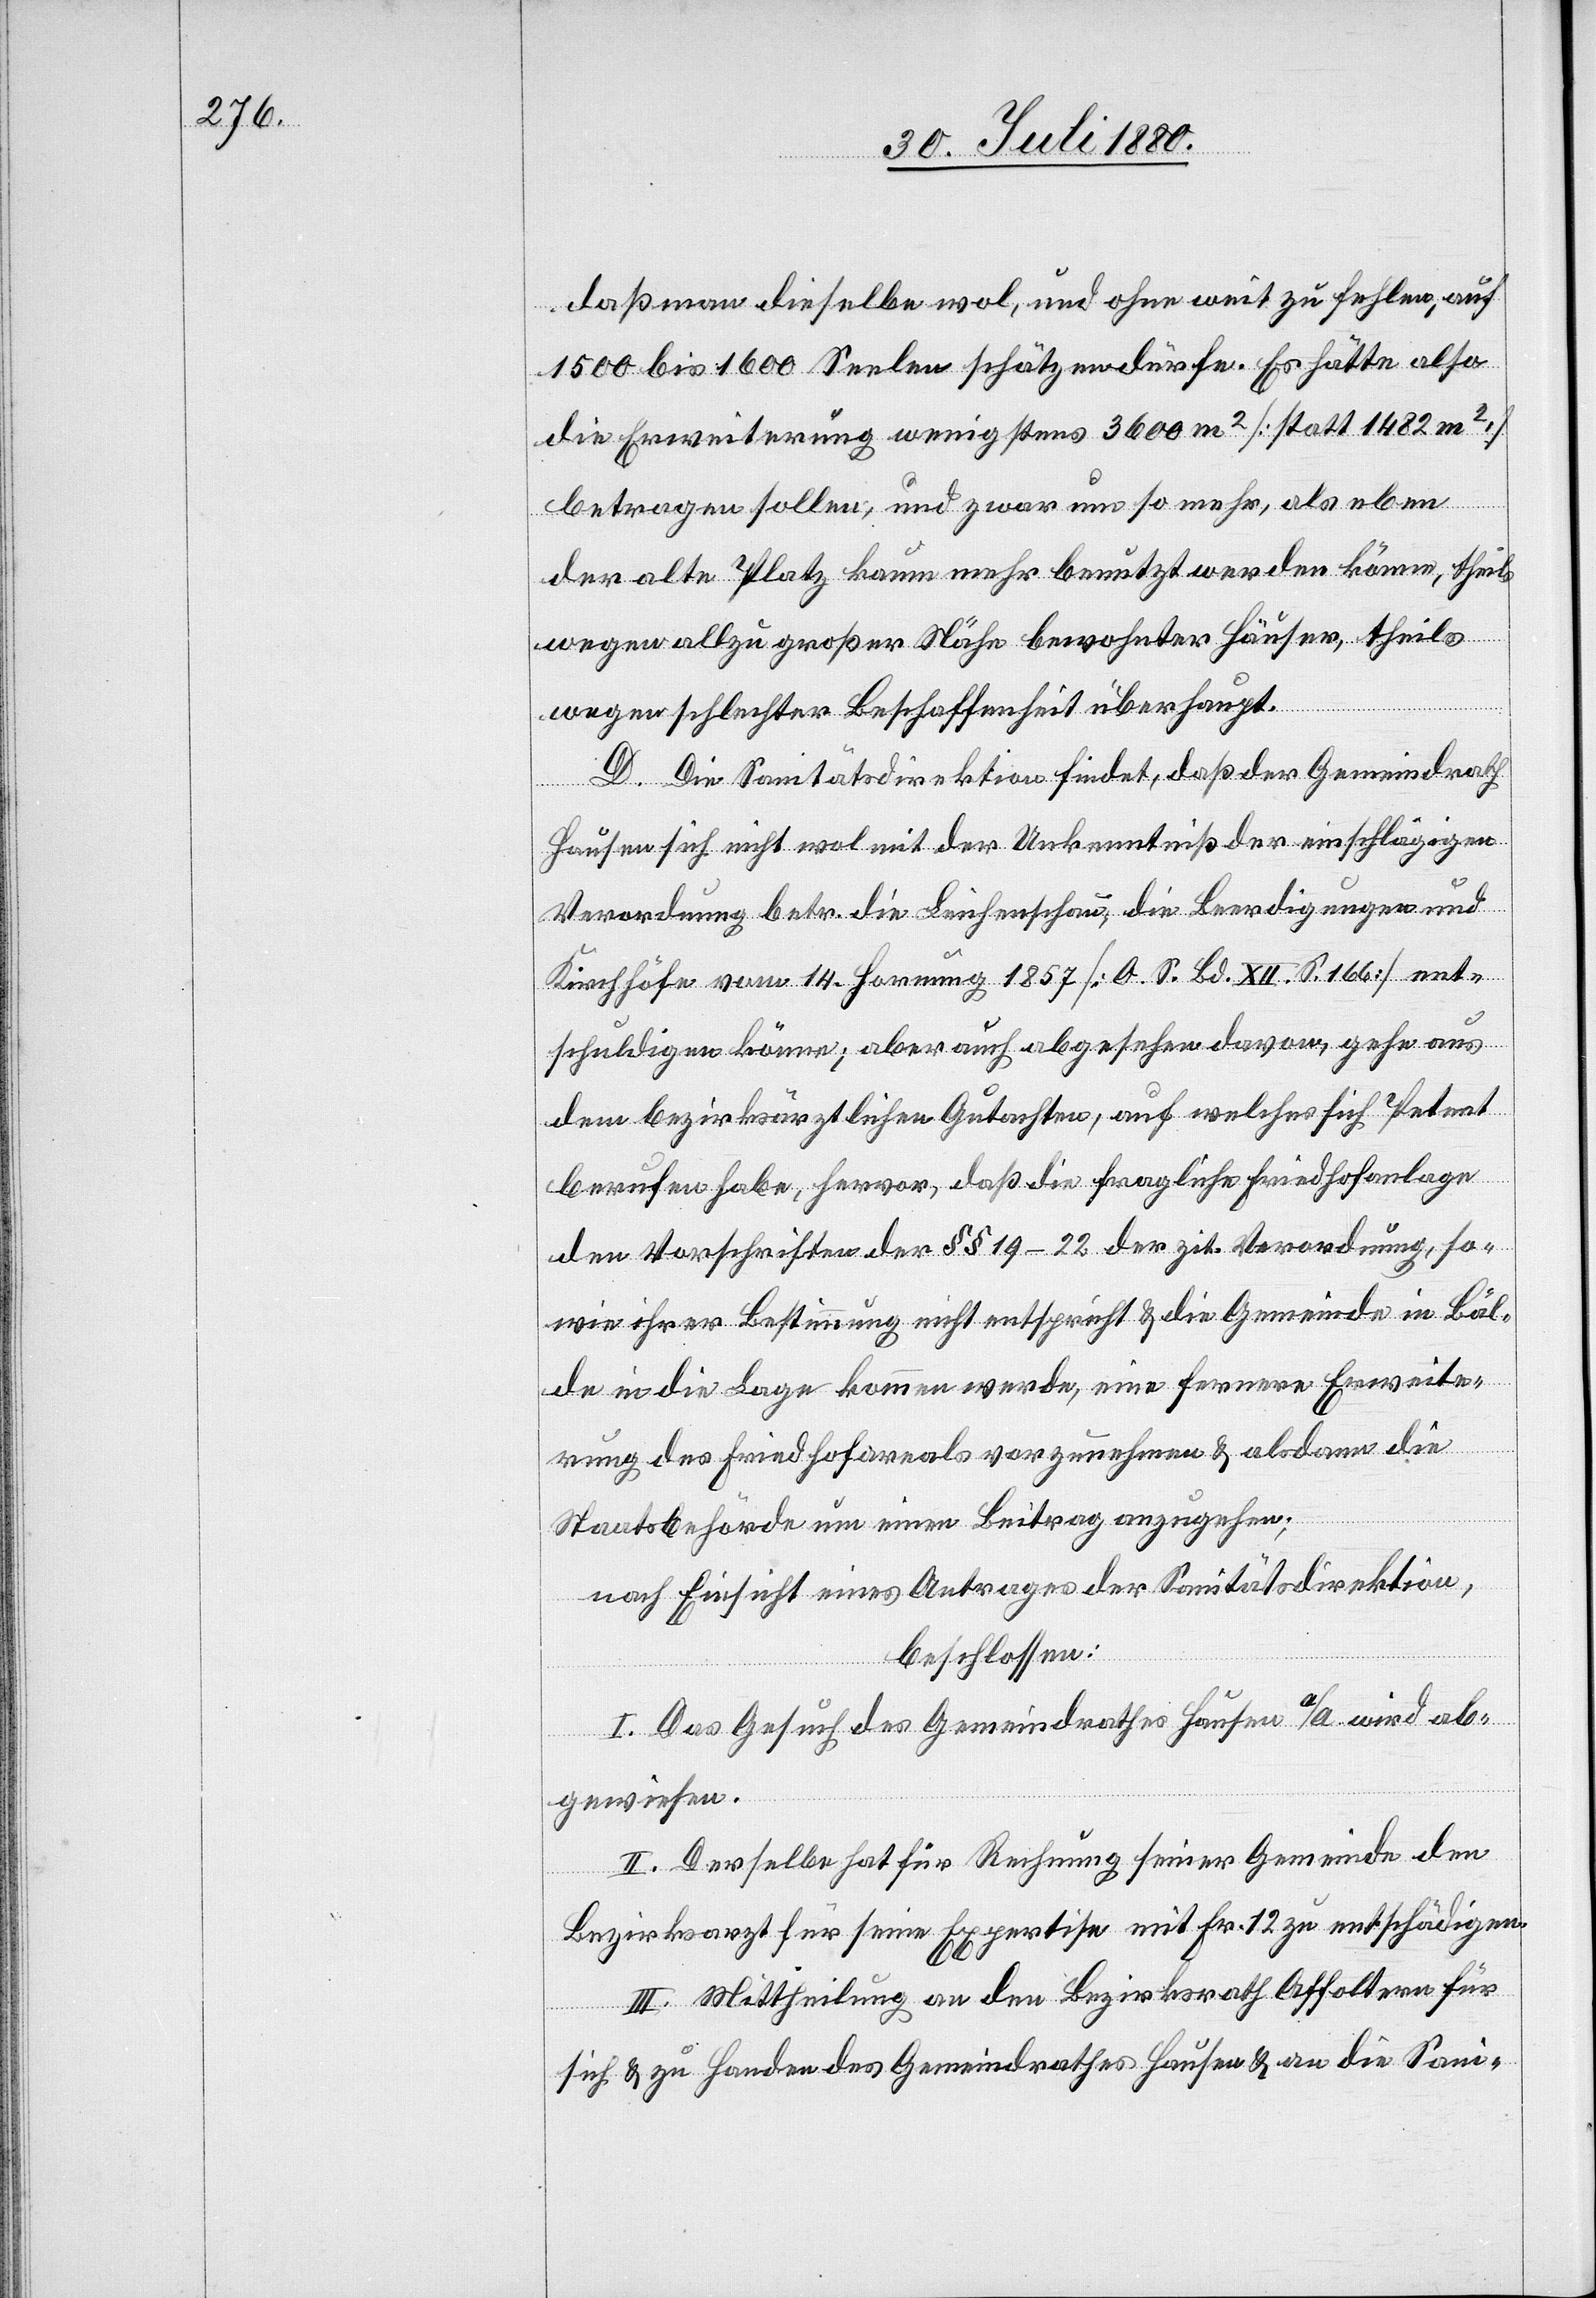
daß man dieselbe wol, und ohne weit zu fehlen, auf
1500 bis 1600 Seelen schätzen dürfe. Er hätte also
die Erweiterung wenigstens 3600 m2 [statt 1482 m2]
betragen sollen, und zwar um so mehr, als eben
der alte Platz kaum mehr benutzt werden könne, theils
wegen allzu großer Nähe bewohnter Häuser, theils
wegen schlechter Beschaffenheit überhaupt.
D. Die Sanitätsdirektion findet, daß der Gemeindrath
Hausen sich nicht wol mit der Unkenntniß der einschlägigen
Verordnung betr. die Leichenschau, die Beerdigungen und
Kirchhöfe vom 14. Hornung 1857 [O. S. Bd. XII. S. 166] ent¬
schuldigen könne, aber auch abgesehen davon, gehe aus
dem bezirksärztlichen Gutachten, auf welches sich Petent
berufen habe, hervor, daß die fragliche Friedhofanlage
den Vorschriften der §§ 19–22 der zit. Verordnung, so¬
wie ihrer Bestimmung nicht entspricht & die Gemeinde in Bäl¬
de in die Lage kommen werde, eine fernere Erweite¬
rung des Friedhofareals vorzunehmen & alsdann die
Staatsbehörde um einen Beitrag anzugehen;
nach Einsicht eines Antrages der Sanitätsdirektion,
beschlossen:
I. Das Gesuch des Gemeindrathes Hausen a/A wird ab¬
gewiesen.
II. Derselbe hat für Rechnung seiner Gemeinde dem
Bezirksarzt für seine Expertise mit Fr. 12 zu entschädigen.
III. Mittheilung an den Bezirksrath Affoltern für
sich & zu Handen des Gemeindrathes Hausen & an die Sani-